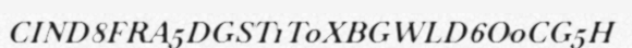
CIND8FRA5DGST1T0XBGWLD6O0CG5H